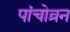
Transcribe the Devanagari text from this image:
पांचोव्रन